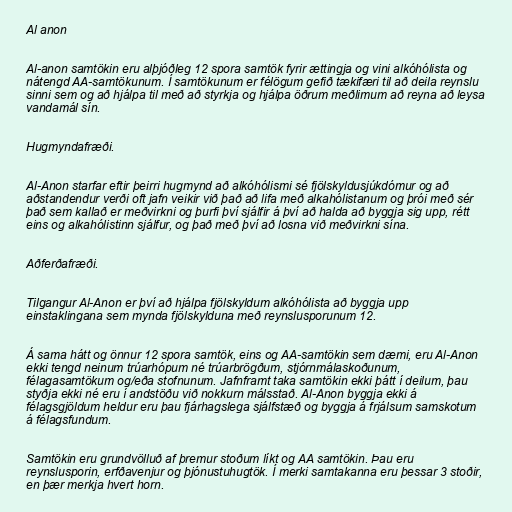
Al anon

Al-anon samtökin eru alþjóðleg 12 spora samtök fyrir ættingja og vini alkóhólista og
nátengd AA-samtökunum. Í samtökunum er félögum gefið tækifæri til að deila reynslu
sinni sem og að hjálpa til með að styrkja og hjálpa öðrum meðlimum að reyna að leysa
vandamál sín.

Hugmyndafræði.

Al-Anon starfar eftir þeirri hugmynd að alkóhólismi sé fjölskyldusjúkdómur og að
aðstandendur verði oft jafn veikir við það að lifa með alkahólistanum og þrói með sér
það sem kallað er meðvirkni og þurfi því sjálfir á því að halda að byggja sig upp, rétt
eins og alkahólistinn sjálfur, og það með því að losna við meðvirkni sína.

Aðferðafræði.

Tilgangur Al-Anon er því að hjálpa fjölskyldum alkóhólista að byggja upp
einstaklingana sem mynda fjölskylduna með reynslusporunum 12.

Á sama hátt og önnur 12 spora samtök, eins og AA-samtökin sem dæmi, eru Al-Anon
ekki tengd neinum trúarhópum né trúarbrögðum, stjórnmálaskoðunum,
félagasamtökum og/eða stofnunum. Jafnframt taka samtökin ekki þátt í deilum, þau
styðja ekki né eru í andstöðu við nokkurn málsstað. Al-Anon byggja ekki á
félagsgjöldum heldur eru þau fjárhagslega sjálfstæð og byggja á frjálsum samskotum
á félagsfundum.

Samtökin eru grundvölluð af þremur stoðum líkt og AA samtökin. Þau eru
reynslusporin, erfðavenjur og þjónustuhugtök. Í merki samtakanna eru þessar 3 stoðir,
en þær merkja hvert horn.